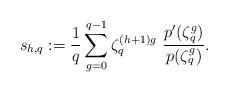
LaTeX: \begin{align*}s_{h,q}: =\frac{1}{q}\sum_{g=0}^{q-1}\zeta_q^{(h+1)g}~\frac{p'(\zeta_q^g)}{p(\zeta_q^g)}.\end{align*}